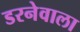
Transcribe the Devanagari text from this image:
डरनेवाला